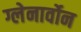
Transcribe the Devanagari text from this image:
ग्लेनार्वोन